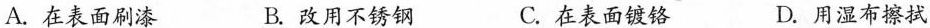
A.在表面刷漆 B.改用不锈钢 C.在表面镀铬 D.用湿布擦拭